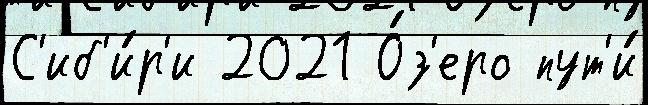
С'иб'и́р'и 2021 О́з'еро пут'и́